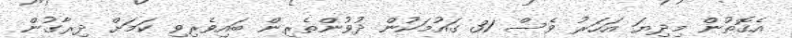
އެގޮތުން މިދިޔަ އަހަރު ވެސް 31 ގައުމަކުން ދުވުންތެރިން ބައިވެރިވި ކަމަށް ދިރާގުން